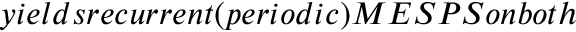
y i e l d s r e c u r r e n t ( p e r i o d i c ) M E S P S o n b o t h